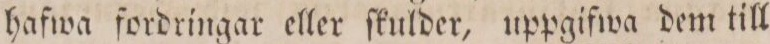
hafwa fordringar eller ſkulder, uppgifwa dem till